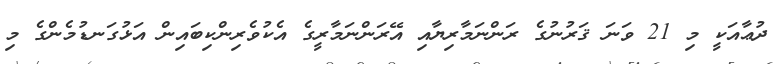
ދުޢާއަކީ މި 21 ވަނަ ޤަރުނުގެ ރަންނަމާރިޔާއި އޭރަންނަމާރީގެ އެކުވެރިންކިބައިން އަޅުގަނޑުމެންގެ މި